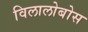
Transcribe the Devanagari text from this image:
विलालोबोस